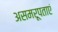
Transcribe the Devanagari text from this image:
असमरूपताएं